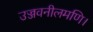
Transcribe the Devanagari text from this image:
उज्जवनीलमणि।